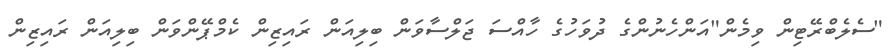
"ސެލެބްރޭޓިން ވިމެން"އަންހެނުންގެ ދުވަހުގެ ހާއްސަ ޖަލްސާވަން ބިލިއަން ރައިޒިން ކެމްޕޭންވަން ބިލިއަން ރައިޒިން